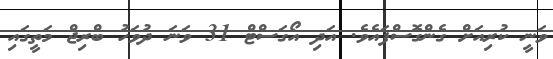
ވަނީ ކުރިއަށް ގެންގޮސްފައެވެ. އަދި އޯގަސްޓް 31 ވަނަ ދުވަހު ބްރިޖް މަތީގައި